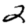
Digit: 2